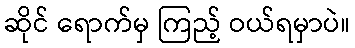
ဆိုင် ရောက်မှ ကြည့် ဝယ်ရမှာပဲ။